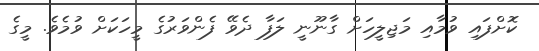
ކޮށްފައި ވުމާއި މަޖިލީހަށް ގާނޫނީ ލަފާ ދެވޭ ފެންވަރުގެ މީހަކަށް ވުމެވެ. މީގެ